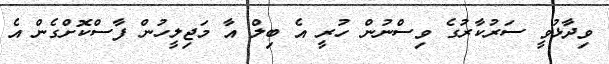
ވިދާޅުވީ ސަރުކާރުގެ ވިސްނުން ހުރީ އެ ބިލް އާ މަޖިލީހުން ފާސްކޮށްގެން އެ